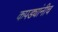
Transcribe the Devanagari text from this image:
कपड्यांनीच